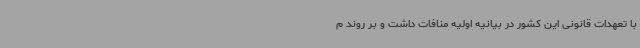
با تعهدات قانونی این کشور در بیانیه اولیه منافات داشت و بر روند م